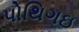
પોથિગઇ